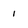
Character: 1